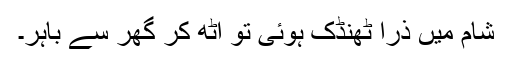
شام میں ذرا ٹھنڈک ہوئی تو اٹھ کر گھر سے باہر۔